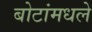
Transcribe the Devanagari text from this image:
बोटांमधले